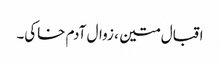
اقبال متین ، زوال آدم خاکی۔